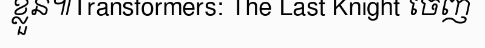
ខ្លួន៕Transformers: The Last Knight ចេញ